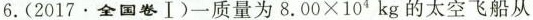
6.（2017·全国卷Ⅰ）一质量为$$8 . 0 0 × 10^{4}$$kg的太空飞船从